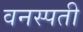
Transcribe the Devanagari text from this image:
वनस्‍पती